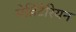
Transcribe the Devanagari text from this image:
मेडिटेरियन